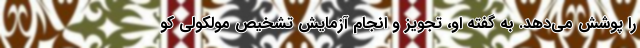
را پوشش می‌دهد. به گفته او، تجویز و انجام آزمایش تشخیص مولکولی کو